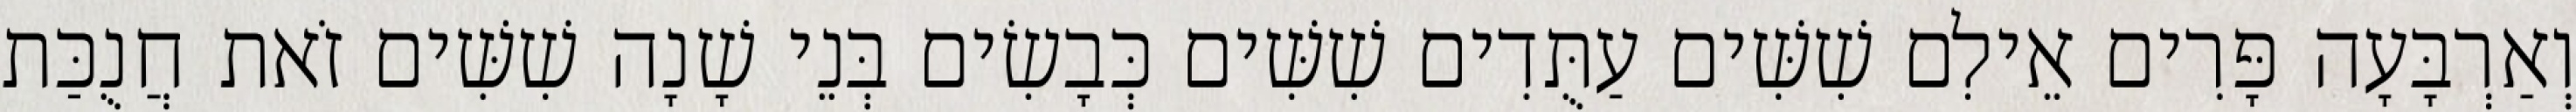
וְאַרְבָּעָה פָּרִים אֵילִם שִׁשִּׁים עַתֻּדִים שִׁשִּׁים כְּבָשִׂים בְּנֵי שָׁנָה שִׁשִּׁים זֹאת חֲנֻכַּת